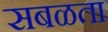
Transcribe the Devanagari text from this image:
सबळता